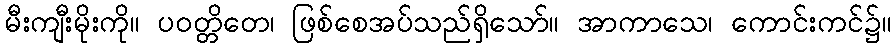
မီးကျီးမိုးကို။ ပဝတ္တိတေ၊ ဖြစ်စေအပ်သည်ရှိသော်။ အာကာသေ၊ ကောင်းကင်၌။